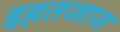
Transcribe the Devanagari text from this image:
इहतजाज